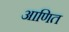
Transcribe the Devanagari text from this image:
आणित